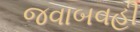
જવાબવહી